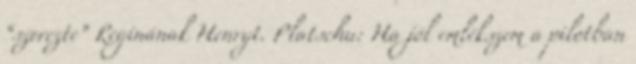
“szerezte” Reginának Henryt. Platschu: Ha jól emlékszem a pilotban